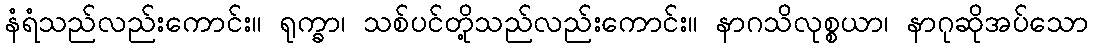
နံရံသည်လည်းကောင်း။ ရုက္ခာ၊ သစ်ပင်တို့သည်လည်းကောင်း။ နာဂသိလုစ္စယာ၊ နာဂုဆိုအပ်သော